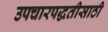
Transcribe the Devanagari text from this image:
उपचारपद्धतीसाठी